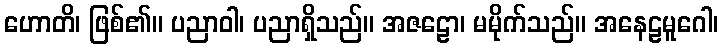
ဟောတိ၊ ဖြစ်၏။ ပညာဝါ၊ ပညာရှိသည်။ အဇဠော၊ မမိုက်သည်။ အနေဠမူဂေါ၊